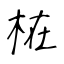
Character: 𣑊